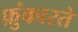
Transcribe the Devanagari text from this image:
फ़ुंकारते